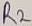
Text: R2